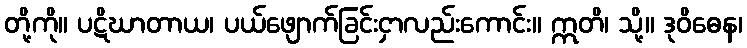
တို့ကို။ ပဋိဃာတာယ၊ ပယ်ဖျောက်ခြင်းငှာလည်းကောင်း။ ဣတိ၊ သို့။ ဒုဝိဓေန၊